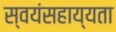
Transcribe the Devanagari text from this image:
स्वयंसहाय्यता